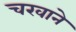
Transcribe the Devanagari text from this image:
चखाने